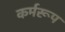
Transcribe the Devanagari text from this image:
कर्मरूप